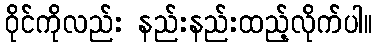
ဝိုင်ကိုလည်း နည်းနည်းထည့်လိုက်ပါ။